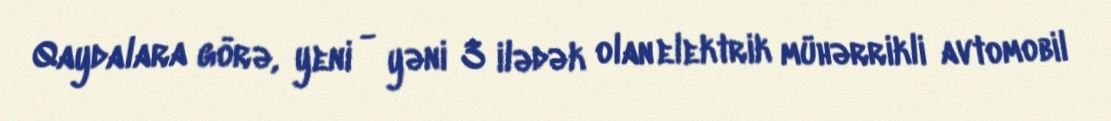
Qaydalara görə, yeni - yəni 3 ilədək olan elektrik mühərrikli avtomobil